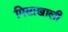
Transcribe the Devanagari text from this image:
मिसाखाली